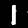
Label: 1